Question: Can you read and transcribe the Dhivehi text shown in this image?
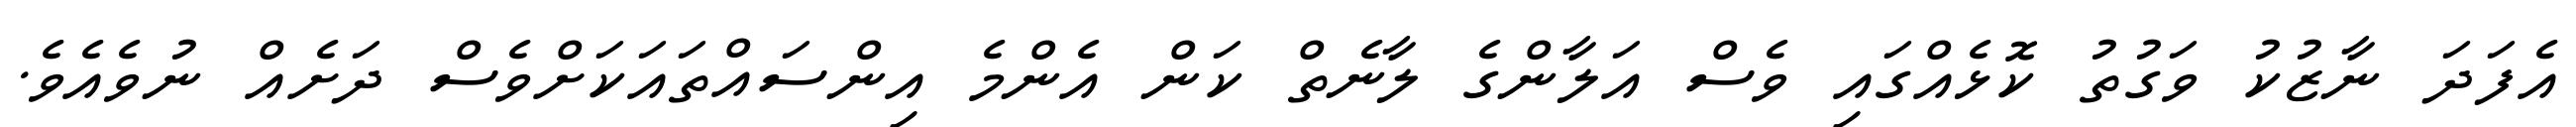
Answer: އެފަދަ ނާޒުކު ވަގުތު ކޮޅެއްގައި ވެސް އަލާންގެ ލާނެތް ކަން އެންމެ އިންސައްތައަކަށްވެސް ދަށެއް ނުވެއެވެ.